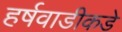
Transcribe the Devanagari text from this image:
हर्षवाडीकडे